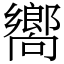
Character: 嚮